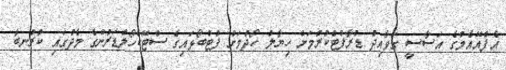
އެފްއޭއެމްގެ އަސާސީ ގަވާއިދު ޑްރާފްޓްކުރުމަށް ހިޔާލު ހޯދުމަށް ފުޓްބޯޅައިގެ ސްޓޭކްހޯލްޑަރުންގެ މެދުގައި ކުރުނބާ